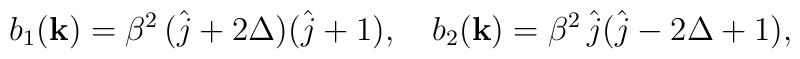
b_{1}({\bf k})=\beta^{2}\,(\hat{j}+2\Delta)(\hat{j}+1),\quad b_{2}({\bf k})=\beta^{2}\,\hat{j}(\hat{j}-2\Delta+1),